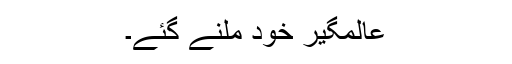
عالمگیرؒ خود ملنے گئے۔